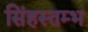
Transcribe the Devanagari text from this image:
सिंहस्तम्भ